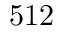
5 1 2